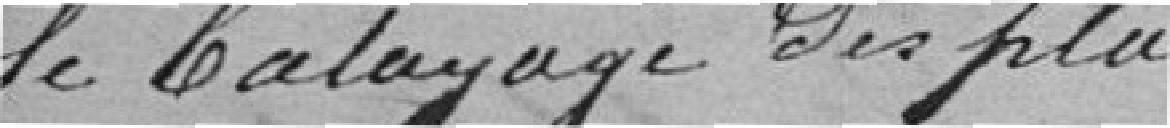
le balayage des places